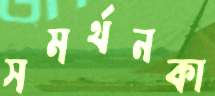
সমর্থনকা